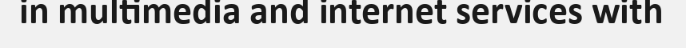
in multimedia and internet services with